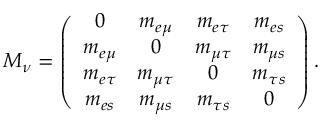
M _ { \nu } = \left( \begin{array} { c c c c } { { 0 } } & { { m _ { e \mu } } } & { { m _ { e \tau } } } & { { m _ { e s } } } \\ { { m _ { e \mu } } } & { { 0 } } & { { m _ { \mu \tau } } } & { { m _ { \mu s } } } \\ { { m _ { e \tau } } } & { { m _ { \mu \tau } } } & { { 0 } } & { { m _ { \tau s } } } \\ { { m _ { e s } } } & { { m _ { \mu s } } } & { { m _ { \tau s } } } & { { 0 } } \end{array} \right) .